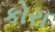
કોરા